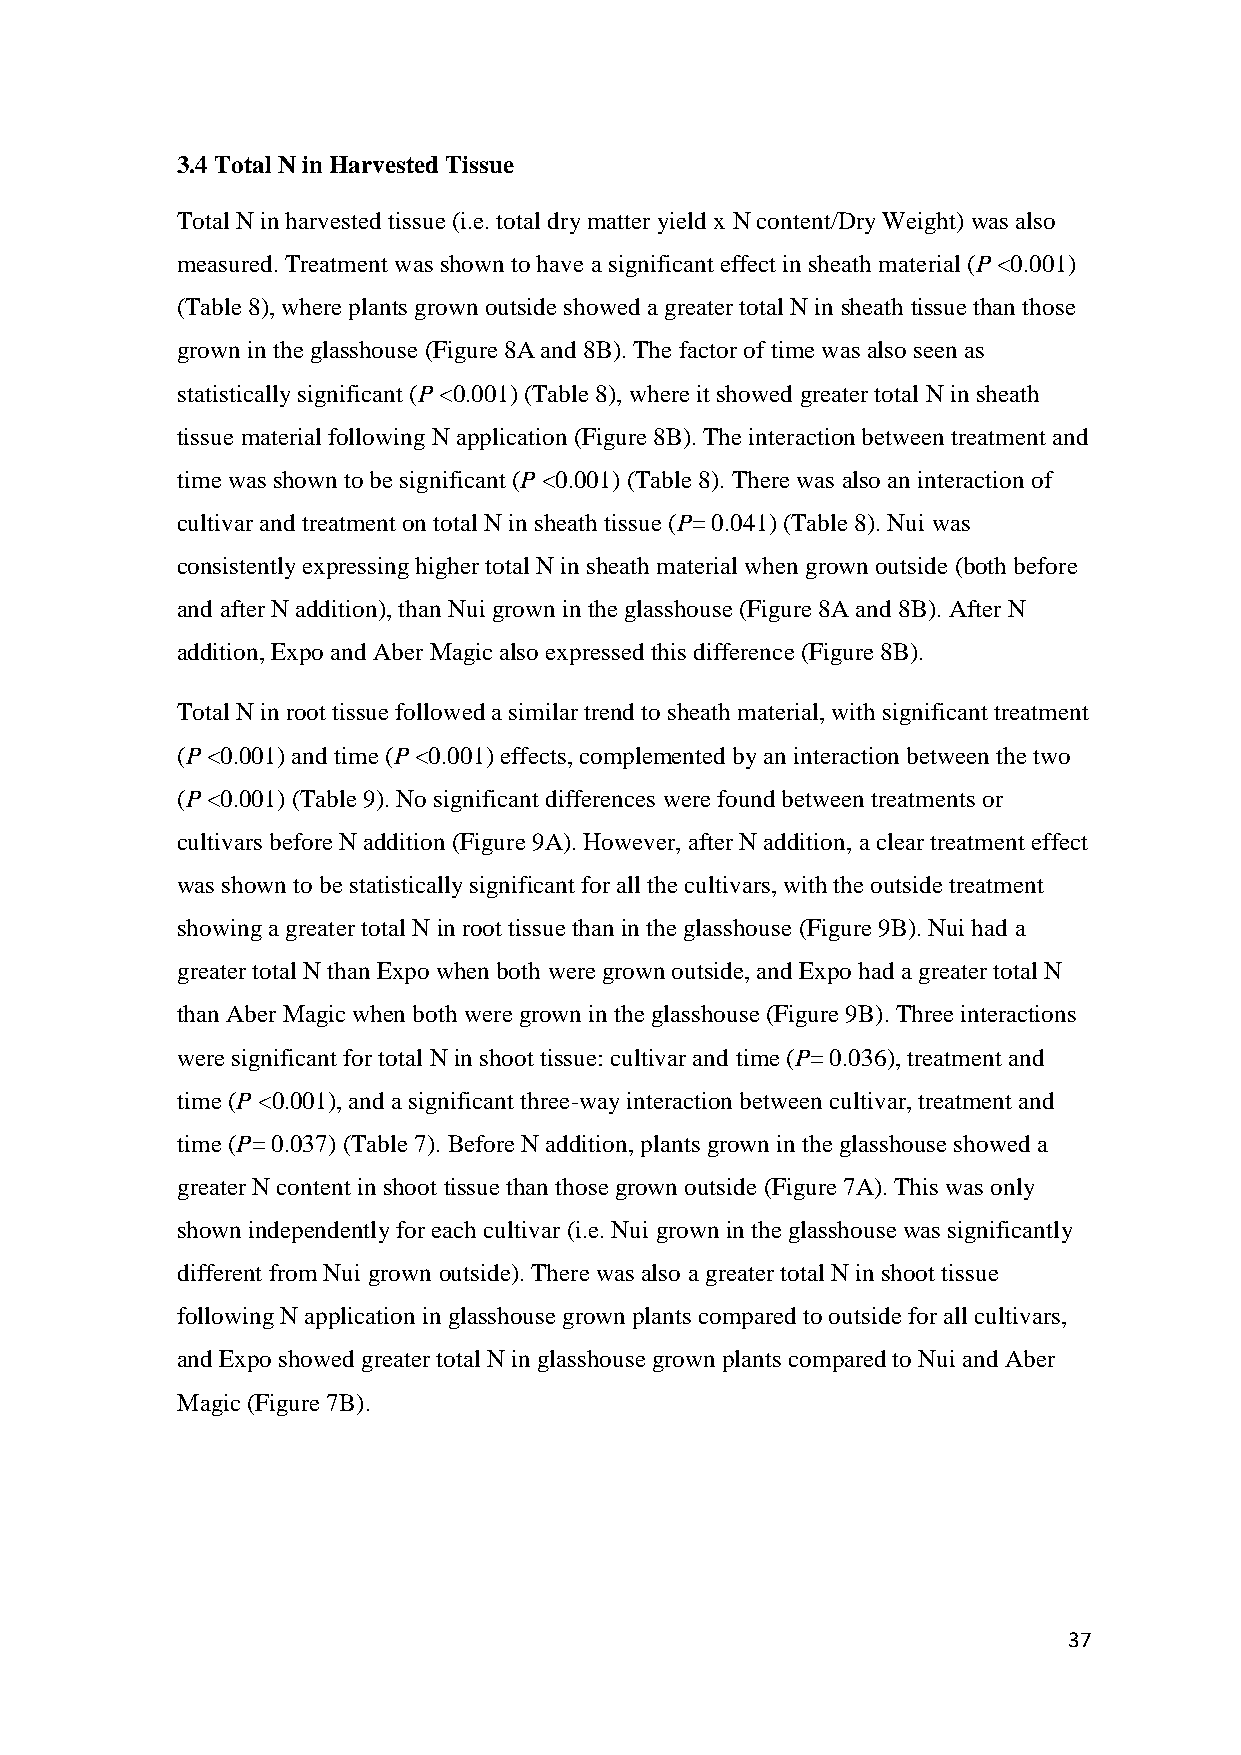
3.4 Total N in Harvested Tissue
 Total N in harvested tissue (i.e. total dry matter yield x N content/Dry Weight) was also
 measured. Treatment was shown to have a significant effect in sheath material (P <0.001)
 (Table 8), where plants grown outside showed a greater total N in sheath tissue than those
 grown in the glasshouse (Figure 8A and 8B). The factor of time was also seen as
 statistically significant (P <0.001) (Table 8), where it showed greater total N in sheath
 tissue material following N application (Figure 8B). The interaction between treatment and
 time was shown to be significant (P <0.001) (Table 8). There was also an interaction of
 cultivar and treatment on total N in sheath tissue (P= 0.041) (Table 8). Nui was
 consistently expressing higher total N in sheath material when grown outside (both before
 and after N addition), than Nui grown in the glasshouse (Figure 8A and 8B). After N
 addition, Expo and Aber Magic also expressed this difference (Figure 8B).
 Total N in root tissue followed a similar trend to sheath material, with significant treatment
 (P <0.001) and time (P <0.001) effects, complemented by an interaction between the two
 (P <0.001) (Table 9). No significant differences were found between treatments or
 cultivars before N addition (Figure 9A). However, after N addition, a clear treatment effect
 was shown to be statistically significant for all the cultivars, with the outside treatment
 showing a greater total N in root tissue than in the glasshouse (Figure 9B). Nui had a
 greater total N than Expo when both were grown outside, and Expo had a greater total N
 than Aber Magic when both were grown in the glasshouse (Figure 9B). Three interactions
 were significant for total N in shoot tissue: cultivar and time (P= 0.036), treatment and
 time (P <0.001), and a significant three-way interaction between cultivar, treatment and
 time (P= 0.037) (Table 7). Before N addition, plants grown in the glasshouse showed a
 greater N content in shoot tissue than those grown outside (Figure 7A). This was only
 shown independently for each cultivar (i.e. Nui grown in the glasshouse was significantly
 different from Nui grown outside). There was also a greater total N in shoot tissue
 following N application in glasshouse grown plants compared to outside for all cultivars,
 and Expo showed greater total N in glasshouse grown plants compared to Nui and Aber
 Magic (Figure 7B).
 37